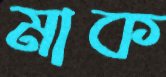
মাক